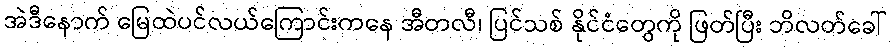
အဲဒီနောက် မြေထဲပင်လယ်ကြောင်းကနေ အီတလီ၊ ပြင်သစ် နိုင်ငံတွေကို ဖြတ်ပြီး ဘိလတ်ခေါ်